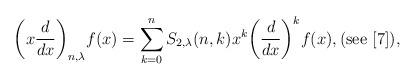
LaTeX: \begin{align*}\bigg(x\frac{d}{dx}\bigg)_{n,\lambda}f(x)=\sum_{k=0}^{n}S_{2,\lambda}(n,k)x^{k}\bigg(\frac{d}{dx}\bigg)^{k}f(x),(\mathrm{see}\ [7]),\end{align*}